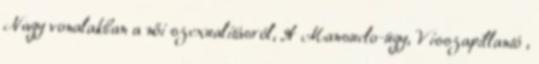
Nagy vonalakban a női szexualitásról, A Mansuelo-ügy, Visszapillantó ,